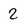
Character: 2